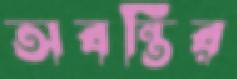
অবন্তির